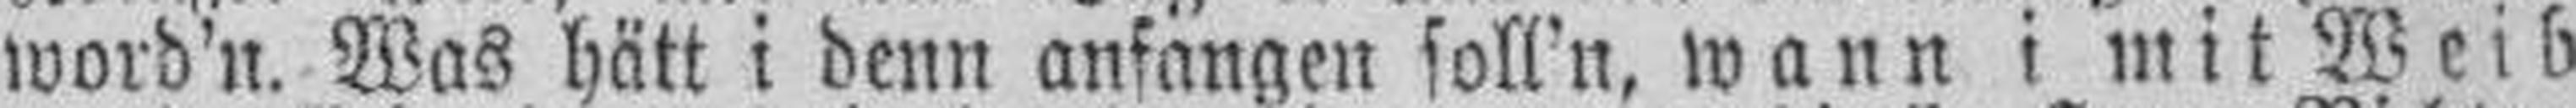
word'n. Was hätt i denn anfangen soll'n, wann i mit Weib